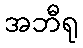
အဘီရု